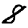
Digit: 8